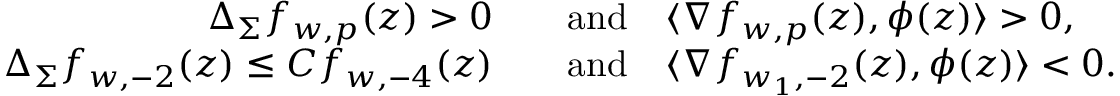
\begin{array} { r l } { \Delta _ { \Sigma } f _ { w , p } ( z ) > 0 } & { \quad \mathrm { a n d } \quad \langle \nabla f _ { w , p } ( z ) , \phi ( z ) \rangle > 0 , } \\ { \Delta _ { \Sigma } f _ { w , - 2 } ( z ) \leq C f _ { w , - 4 } ( z ) } & { \quad \mathrm { a n d } \quad \langle \nabla f _ { w _ { 1 } , - 2 } ( z ) , \phi ( z ) \rangle < 0 . } \end{array}